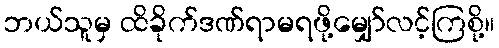
ဘယ်သူမှ ထိခိုက်ဒဏ်ရာမရဖို့မျှော်လင့်ကြစို့။